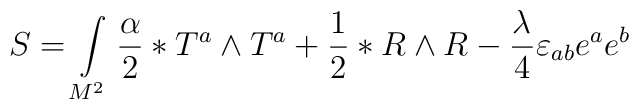
S= \int\limits_{M^{2}}^{} {\alpha \over 2} \ast T^{a} \wedge T^{a} +{1 \over 2} \ast R \wedge R - {\lambda^{} \over 4} \varepsilon_{ab} e^{a} e^{b}